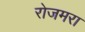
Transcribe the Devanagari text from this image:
रोजमरा